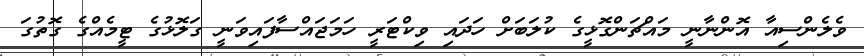
ވެލެންސިއާ އޮންނާނީ މައްޗަންގޮޅީގެ ކުލަބަށް ހަދައި ވިކްޓަރީ ހަމަޖައްސާފައިވަނީ ގަލޮޅުގެ ޓީމެއްގެ ގޮތުގަ